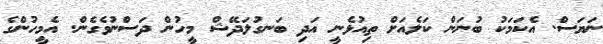
ނަޔަސް. އެކަމަކު ބުނަން ކަލެއަށް ތިއުޅެނީ އަދި ބަނގުލަދޭޝް މީހުން ދަސްނުވެގެން. އެމީހުންގެ